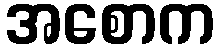
အစောက